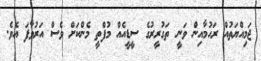
ޖަމިއްޔަތުއް ރަހުމާއިން ވަނީ ތަގުރީރުގެ ސީޑީއެއް މުފްތީ މެންކަށް ވެސް އަރުވާފަ އެވެ.